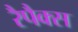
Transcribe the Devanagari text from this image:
रैपैक्स